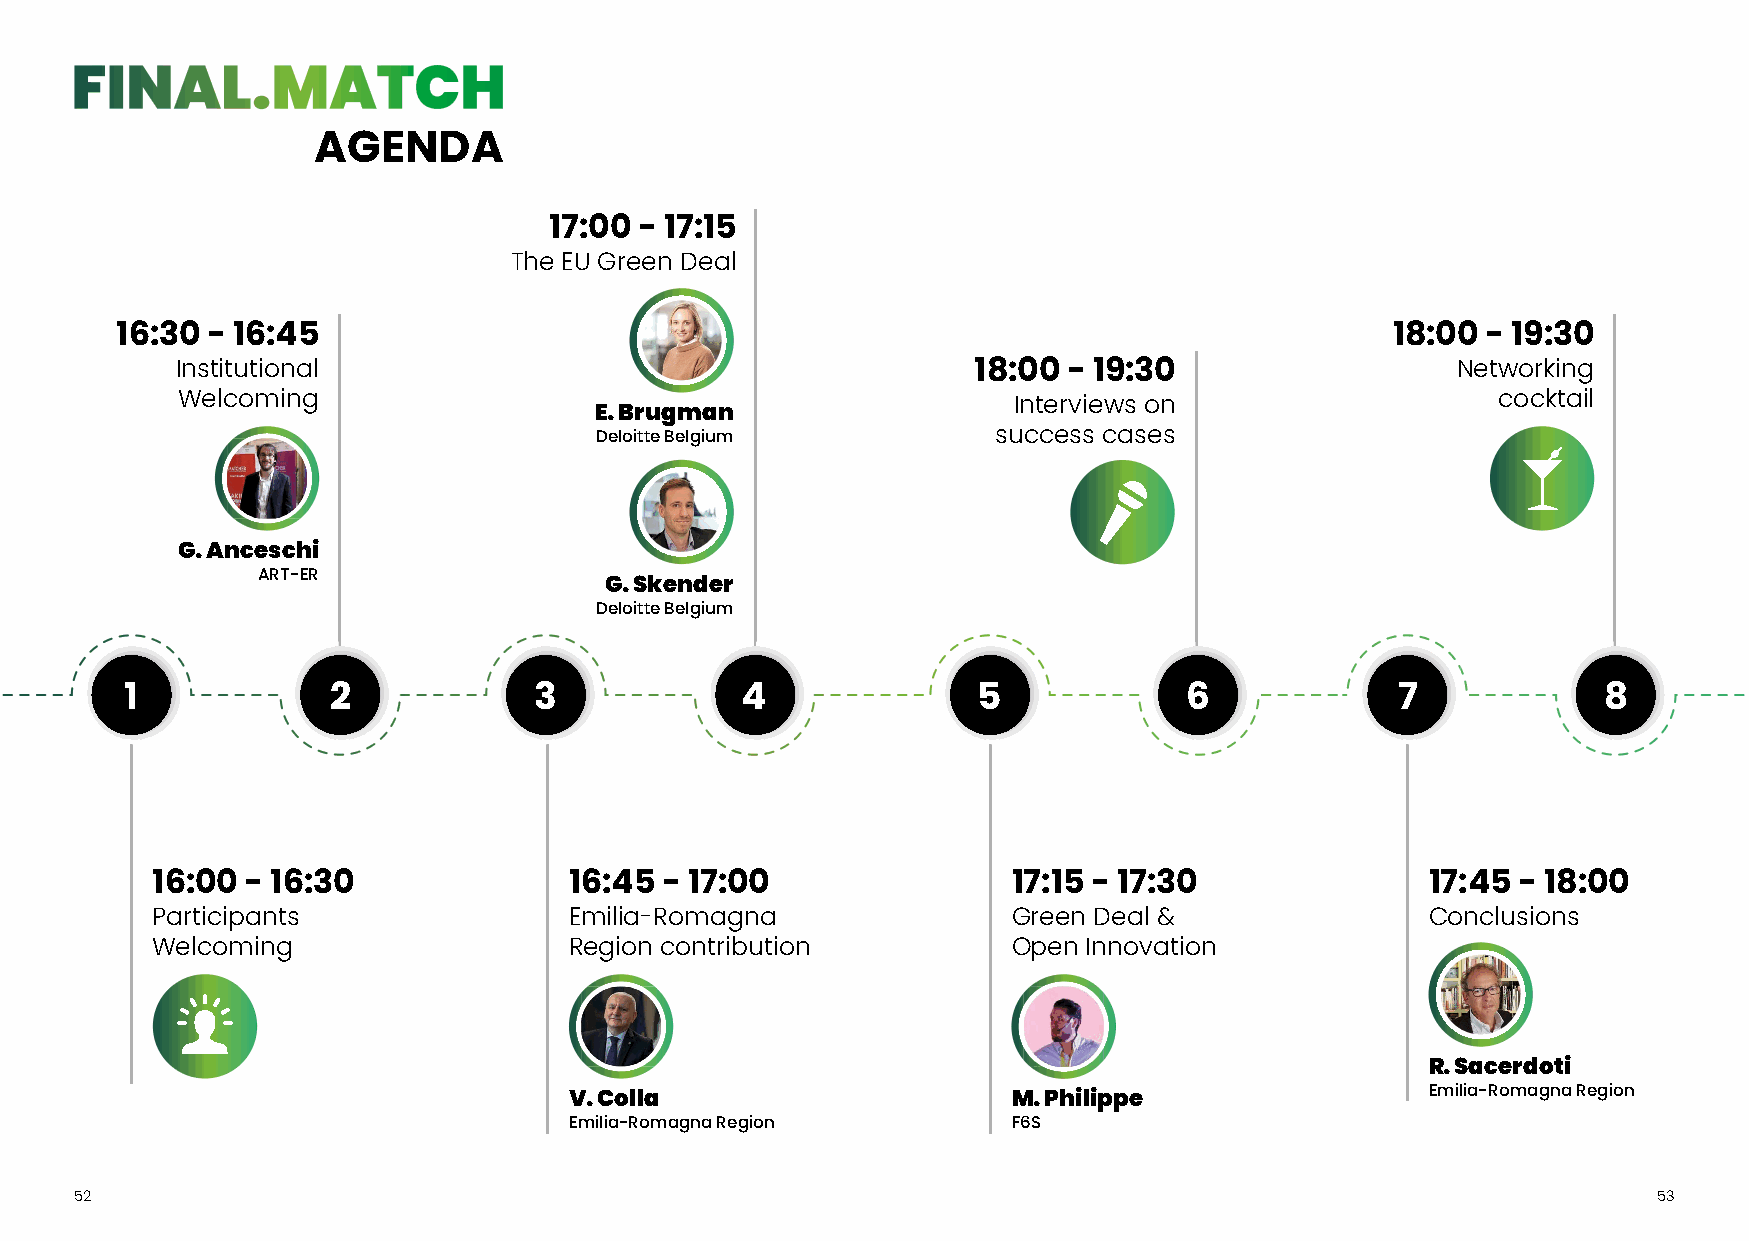
AAGGEENNDDAA
 17:00 - 17:15
 The EU Green Deal
 16:30 - 16:45                                                                       18:00 - 19:30
 Institutional                                       18:00  - 19:30                  Networking
 Welcoming                                              Interviews on                   cocktail
 E. Brugman
 Deloitte Belgium           success cases
 G. Anceschi
 ART-ER
 G. Skender
 Deloitte Belgium
 1             2            3             4               5            6              7            8
 16:00 - 16:30               16:45 - 17:00                17:15 - 17:30               17:45 - 18:00
 Participants                Emilia-Romagna               Green Deal &                Conclusions
 Welcoming                   Region contribution          Open Innovation
 R. Sacerdoti
 Emilia-Romagna Region
 V. Colla                     M. Philippe
 Emilia-Romagna Region        F6S
 52                                                                                                       53